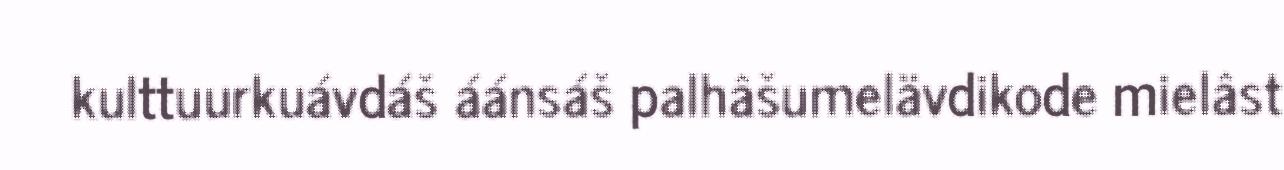
kulttuurkuávdáš áánsáš palhâšumelävdikode mielâst